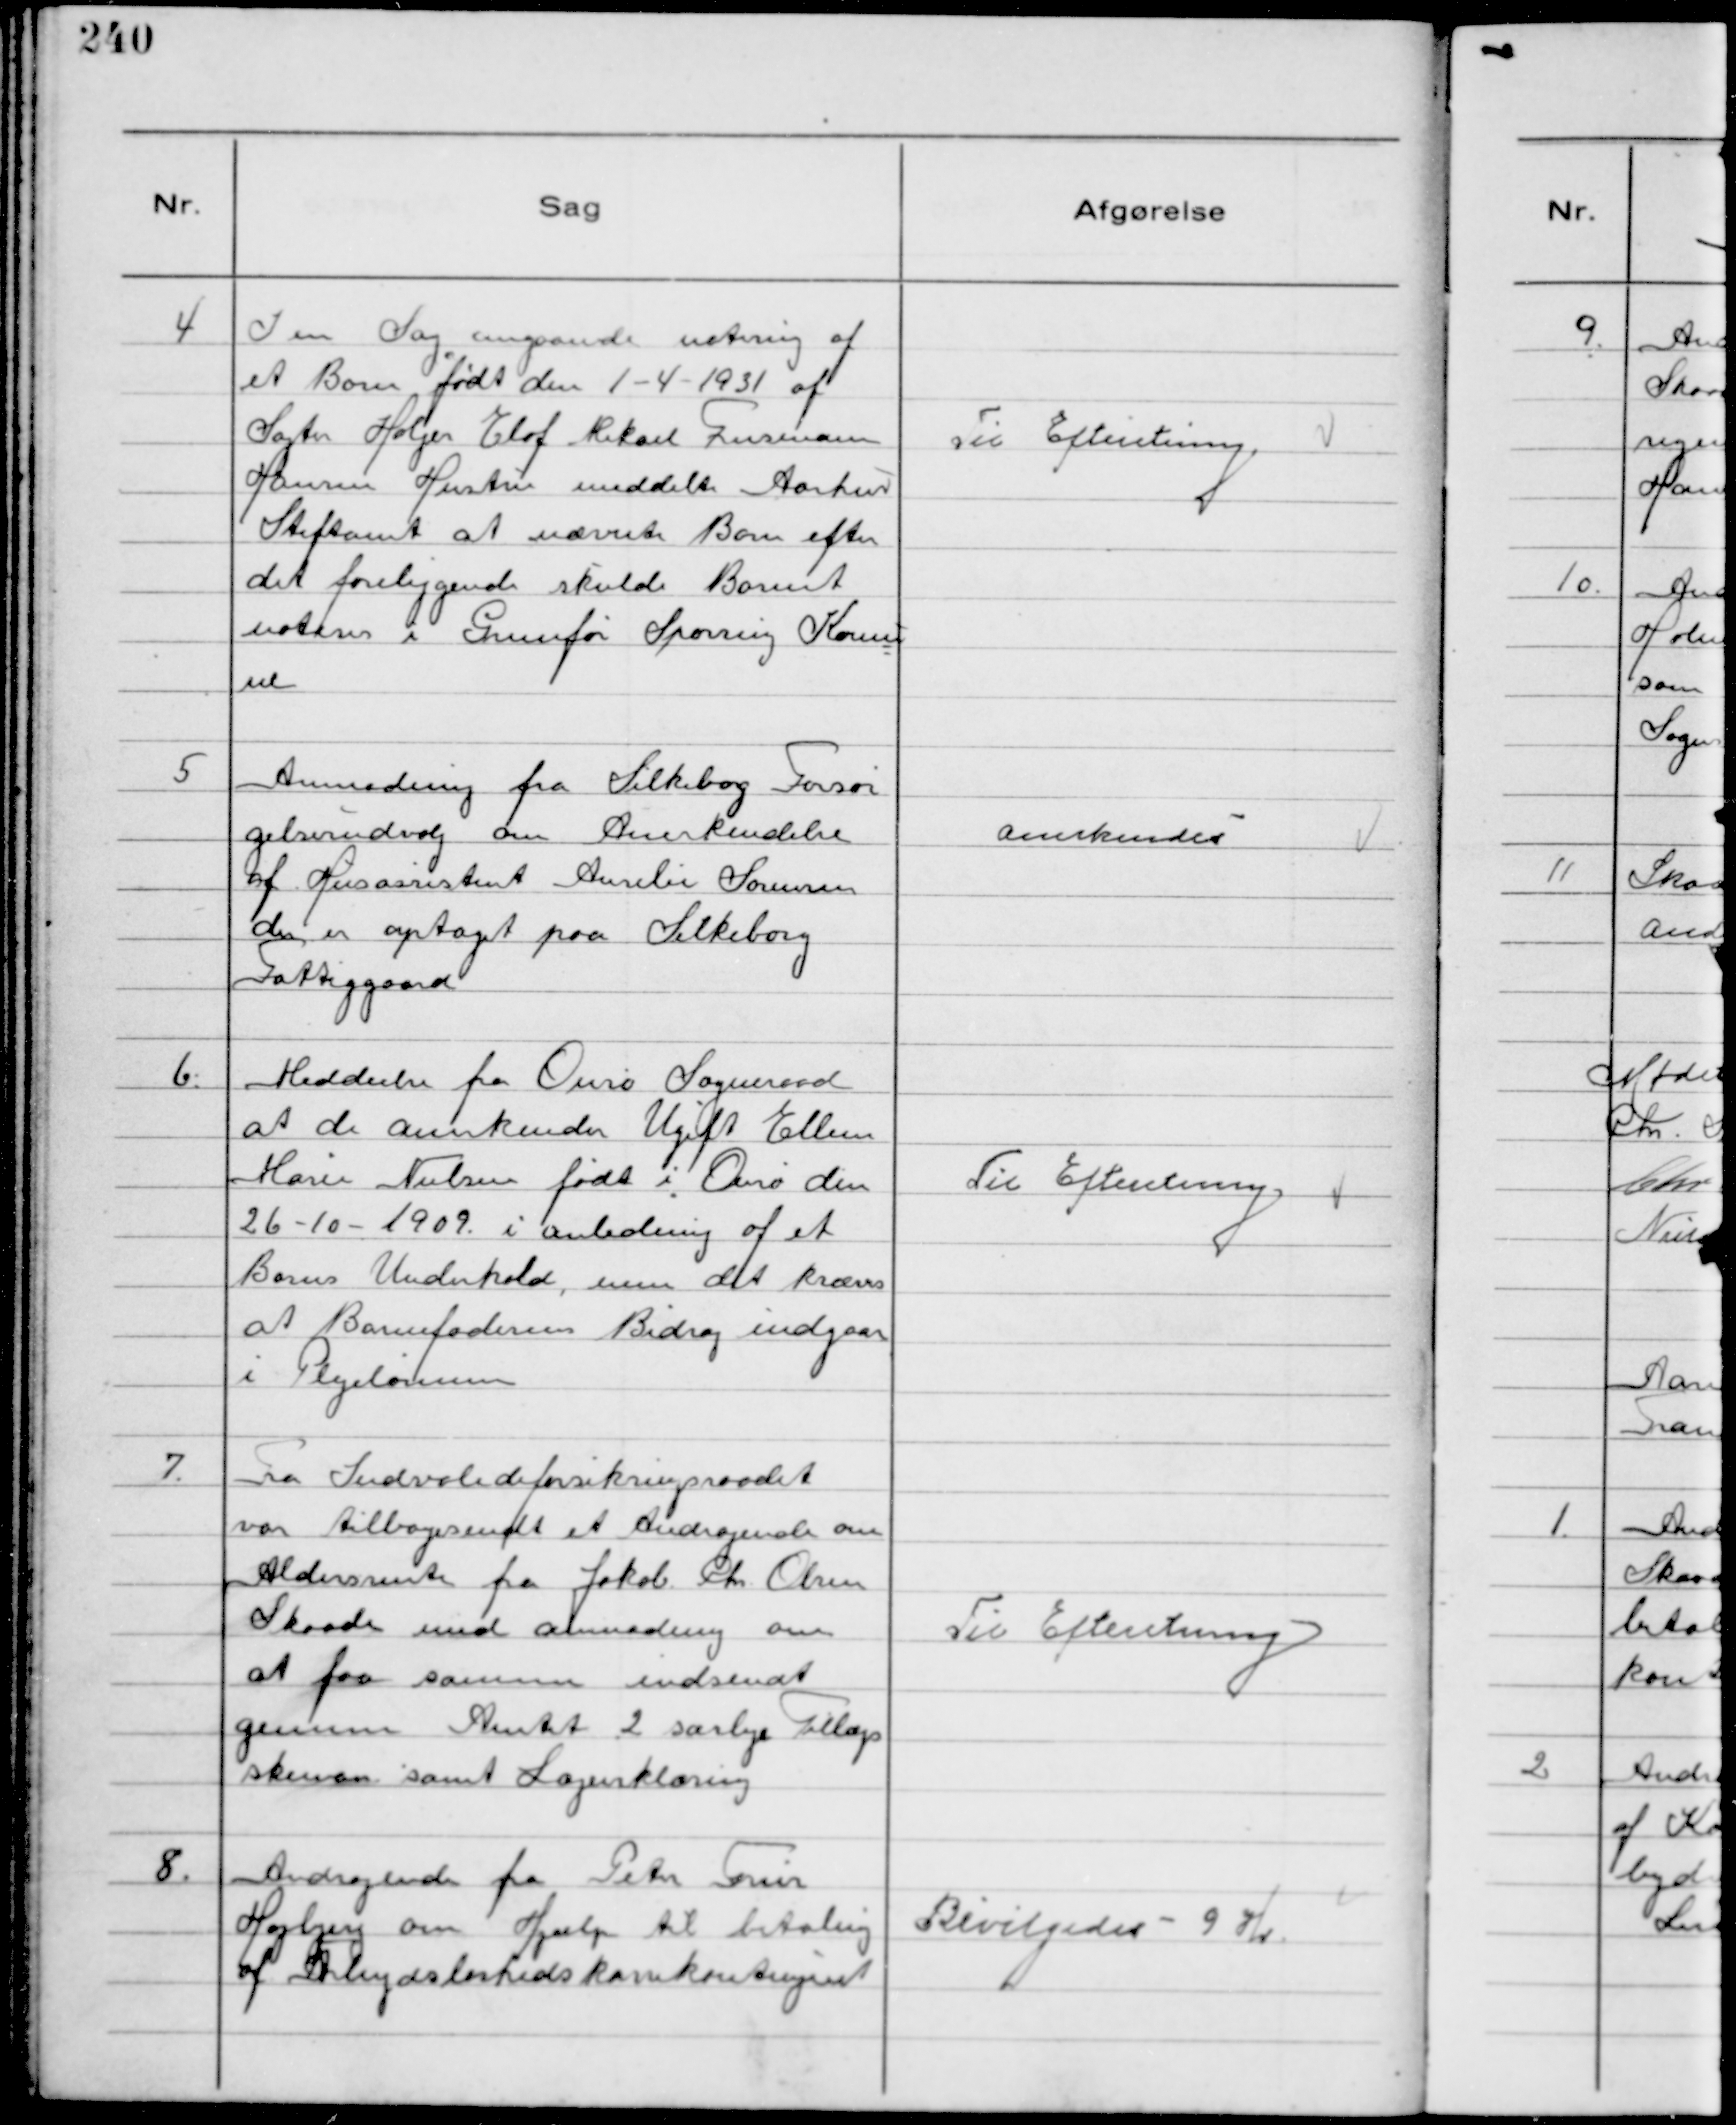
Transskription:
4
I en Sag angaaende notering af
et Barn født den 1-4-1931 af
Slagter Holger Elof Mikael Fuseman
Hansen Hustru meddelte Aarhus
Stiftamt at nævnte Barn efter
det foreliggende skulde Barnet
noteres i Grunfør Sporring Kommu
ne

Til Efteretning

5
Anmodning fra Silkeborg Forsør
gelsesudvalg om Anerkendelse
af Husassistent Amelie Sørensen
der er optaget paa Silkeborg
Fattiggaard

Anerkendes

6.
Meddeelse fra Ourø Sogneraad
at de anerkender Ugift Ellen
Marie Nielsen født i Ourø den
26-10-1909 i anledning af et
Barns Underhold, men det kræves
at Barnefaderens Bidrag indgaar
i Plejelønnen

Til Efteretning

7.
Fra Indvalideforsikringsraadet
var tilbagesendt et Andragende om
Aldersrente fra Jakob Chr. Olsen
Skaade med anmodning om
at faa samme indsendt
gennem Amtet 2 særlige Tillægs
skemaer samt Lægeerklæring

Til Efteretning

8.
Andragende fra Peter Friis
Højbjerg om Hjælp til betaling
af Arbejdsløshedskassekontingent

Bevilgedes 9 Kr.